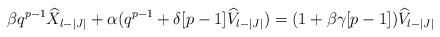
LaTeX: \begin{align*}\beta q^{p-1}\widehat{X}_{l-|J|}+\alpha(q^{p-1}+\delta[p-1]\widehat{V}_{l-|J|})=(1+\beta\gamma[p-1])\widehat{V}_{l-|J|}\end{align*}